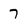
Character: 7